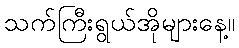
သက်ကြီးရွယ်အိုများနေ့။